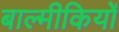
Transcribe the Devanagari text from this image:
बाल्मीकियों